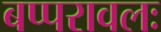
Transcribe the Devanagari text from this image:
बप्परावलः